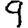
Digit: 9